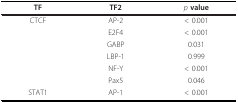
| TF | TF2 | p value |
 | --- | --- | --- |
 | CTCF | AP-2 | < 0.001 |
 |  | E2F4 | < 0.001 |
 |  | GABP | 0.031 |
 |  | LBP-1 | 0.999 |
 |  | NF-Y | < 0.001 |
 |  | Pax5 | 0.046 |
 | STAT1 | AP-1 | < 0.001 |